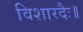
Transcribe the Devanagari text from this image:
विशारदैः॥